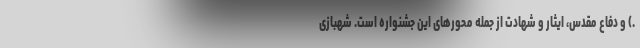
.) و دفاع مقدس، ایثار و شهادت از جمله محورهای این جشنواره است. شهبازی